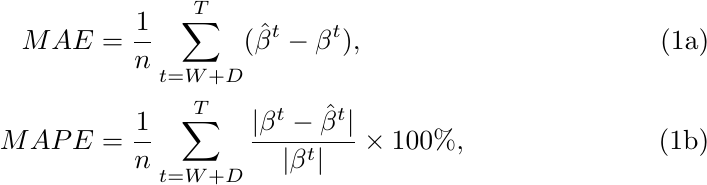
\begin{subequations}
\begin{align}
    \label{eq:mae}
    MAE &= \frac{1}{n} \sum_{t = W + D}^T (\hat{\beta}^t - \beta^t), \\
    \label{eq:mape}
    MAPE &= \frac{1}{n} \sum_{t = W + D}^T \frac{|\beta^t - \hat{\beta}^t|}{|\beta^t|} \times 100\%,
\end{align}
\end{subequations}